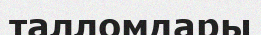
талломдары